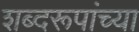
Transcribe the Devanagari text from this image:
शब्दरूपांच्या